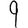
Digit: 9